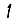
Digit: 1